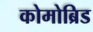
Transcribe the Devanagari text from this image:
कोमोब्रिड